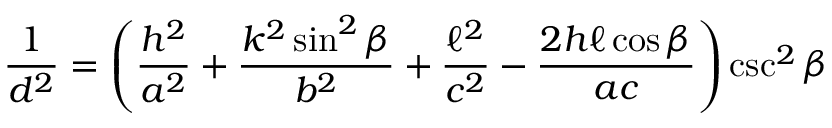
{ \frac { 1 } { d ^ { 2 } } } = \left( { \frac { h ^ { 2 } } { a ^ { 2 } } } + { \frac { k ^ { 2 } \sin ^ { 2 } \beta } { b ^ { 2 } } } + { \frac { \ell ^ { 2 } } { c ^ { 2 } } } - { \frac { 2 h \ell \cos \beta } { a c } } \right) \csc ^ { 2 } \beta